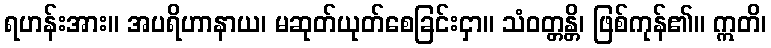
ရဟန်းအား။ အပရိဟာနာယ၊ မဆုတ်ယုတ်စေခြင်းငှာ။ သံဝတ္တန္တိ၊ ဖြစ်ကုန်၏။ ဣတိ၊